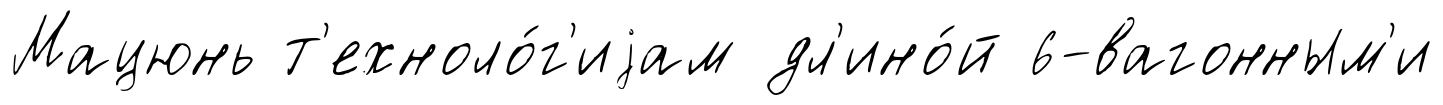
Мацюнь т'ехноло́г'иjам дл'ино́й 6-вагонным'и